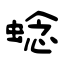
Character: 𬠖